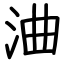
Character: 浀